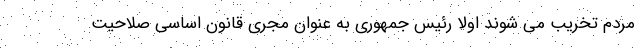
مردم تخریب می شوند اولا رئیس جمهوری به عنوان مجری قانون اساسی صلاحیت